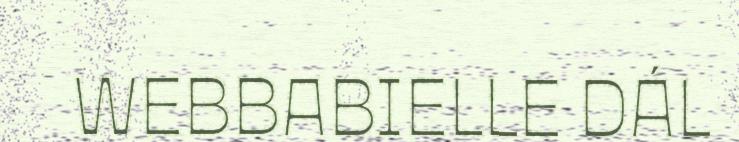
WEBBABIELLE DÁL